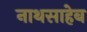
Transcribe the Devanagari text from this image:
नाथसाहेब